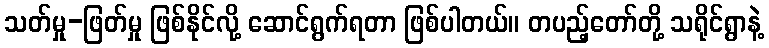
သတ်မှု-ဖြတ်မှု ဖြစ်နိုင်လို့ ဆောင်ရွက်ရတာ ဖြစ်ပါတယ်။ တပည့်တော်တို့ သရိုင်ရွာနဲ့